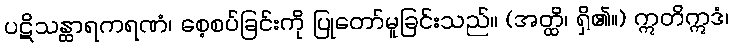
ပဋိသန္ထာရကရဏံ၊ စေ့စပ်ခြင်းကို ပြုတော်မူခြင်းသည်။ (အတ္ထိ၊ ရှိ၏။) ဣတိဣဒံ၊